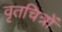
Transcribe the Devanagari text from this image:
वृतचित्रों